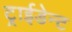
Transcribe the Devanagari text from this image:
ट्राईडेन्ट